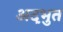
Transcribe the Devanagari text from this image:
अद़भुत